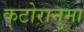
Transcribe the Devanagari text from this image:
कटोरानुमा